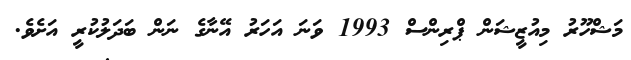
މަޝްހޫރު މިއުޒީޝަން ޕްރިންސް 1993 ވަނަ އަހަރު އޭނާގެ ނަން ބަދަލުކުރީ އަށެވެ.